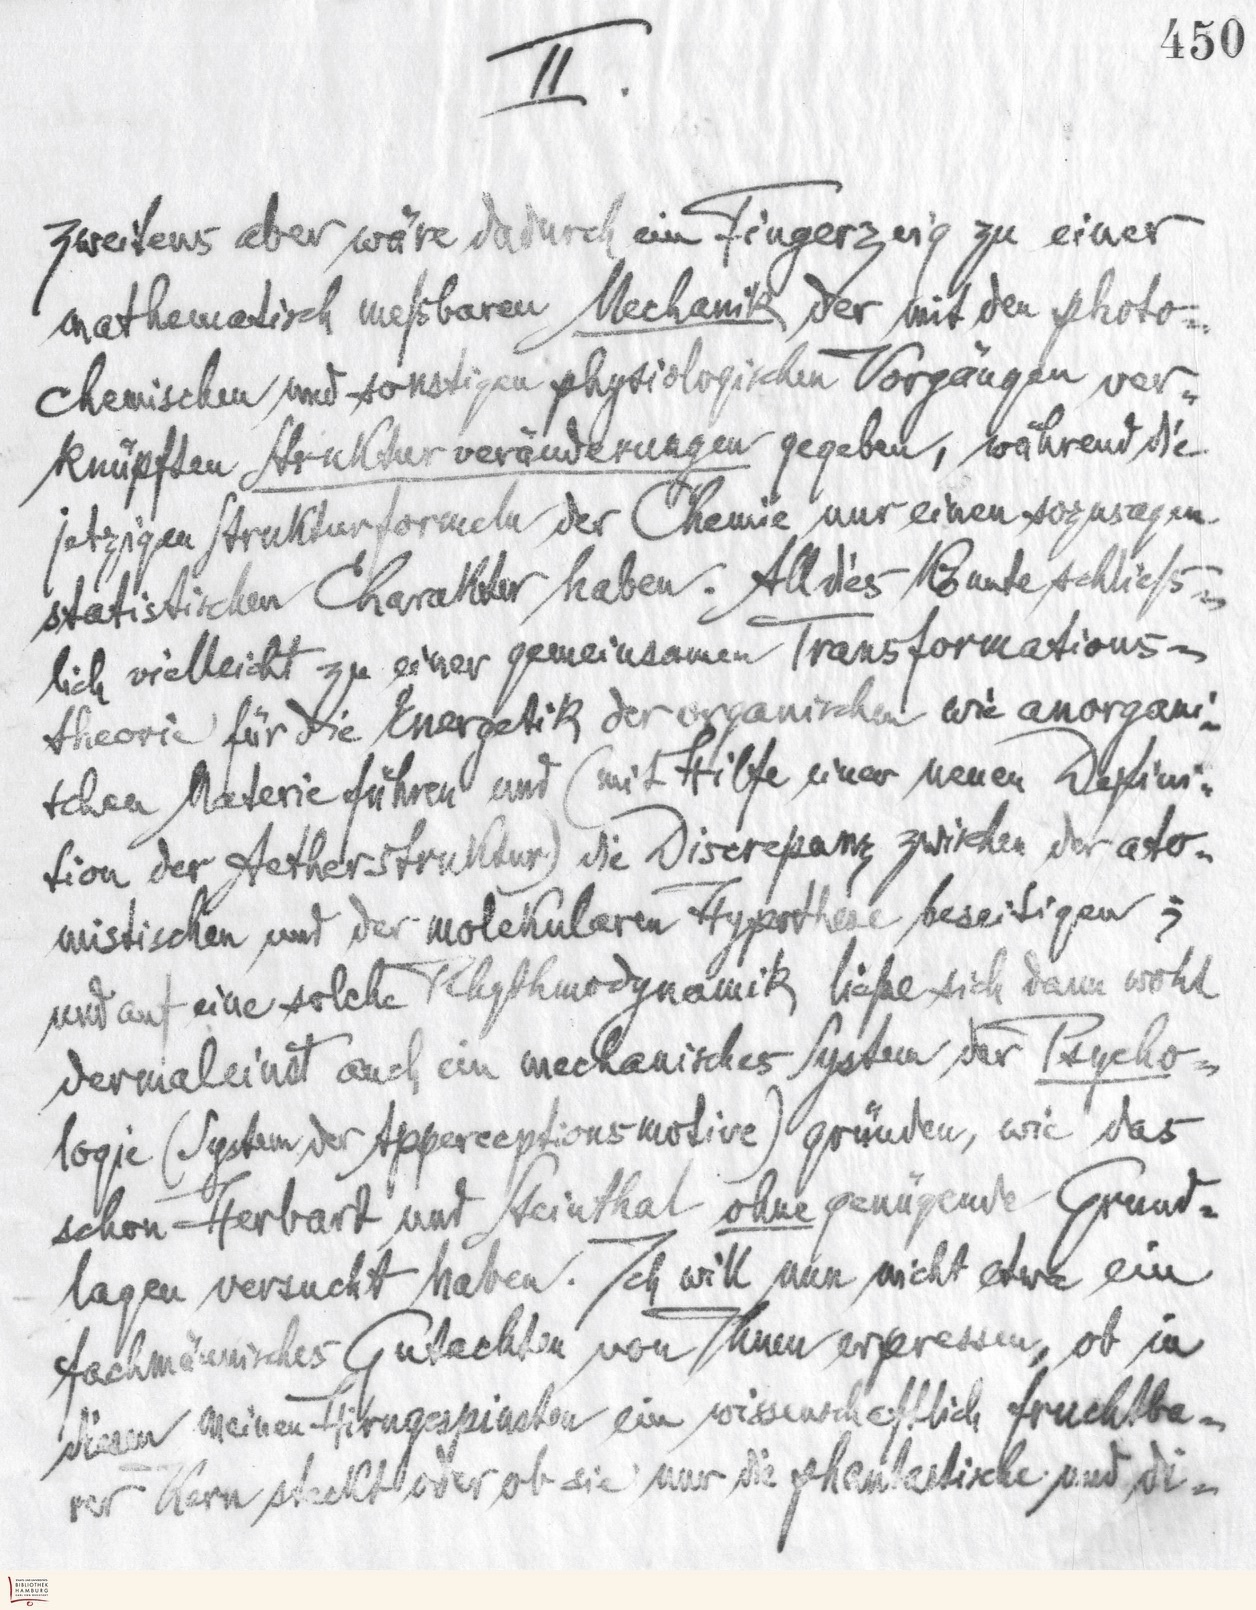
450
II.
zweitens aber wäre dadurch ein Fingerzeig zu einer
mathematisch meßbaren Mechanikder mit den photo-
chemischen und sonstigen physiologischen Vorgängen ver-
knüpften Strukturveränderungen gegeben, während die
jetzigen Strukturformeln der Chemie nur einen sozusagen
statistischen Charakter haben. Alldies könnte schließ-
lich vielleicht zu einer gemeinsamen Transformations-
theorie für die Energetik der organischen wie anorgani-
schen Materie führen und (mit Hilfe einer neuen Defini-
tion der Aetherstruktur) die Discrepanz zwischen der ato-
mistischen und der molekularen Hypothese beseitigen;
und auf eine solche Rhythodynamik ließe sich dann wohl
dermaleinst auch ein mechanisches System der Psycho-
logie (System der Apperzeptionsmotive) gründen, wie das
schon Herbart und Steinthal ohne genügende Grund-
lagen versucht haben. Ich will nun nicht etwa ein
fachmännisches Gutachten von Ihnen erpressen, ob in
diesen meinen Hirngespinsten ein wissenschaftlich fruchtba-
rer Kern steckt oder ob sie nur die phantastische und di-